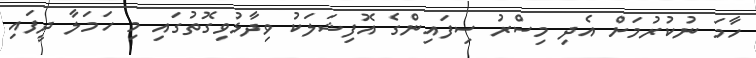
ހާމަ ނުކުރުމަށް އެދި މިސްރު ސިފައިންގެ އޮފިޝަލަކު ވިދާޅުވިގޮތުގައި މި ހަމަލާ ދީފައި